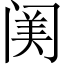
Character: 𨸈